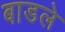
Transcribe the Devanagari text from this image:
बाडले